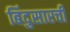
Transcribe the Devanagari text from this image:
बिंदुसारची